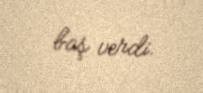
baş verdi.